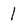
Character: 1